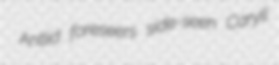
Antlid foreseers side-seen Caryll